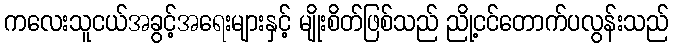
ကလေးသူငယ်အခွင့်အရေးများနှင့် မျိုးစိတ်ဖြစ်သည် ညို့ငင်တောက်ပလွန်းသည်